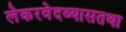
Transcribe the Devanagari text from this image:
लेकरवेदव्यासतथा